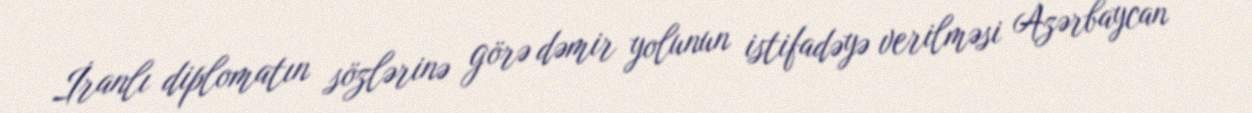
İranlı diplomatın sözlərinə görə dəmir yolunun istifadəyə verilməsi Azərbaycan